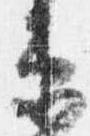
衛